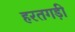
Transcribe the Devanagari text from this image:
हरतगड़ी